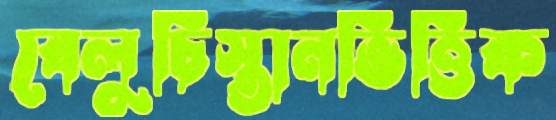
বেলুচিস্তানভিত্তিক